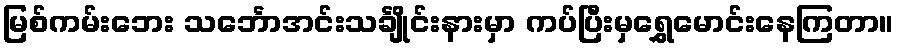
မြစ်ကမ်းဘေး သင်္ဘောအင်းသင်္ချိုင်းနားမှာ ကပ်ပြီးမှရွှေမောင်းနေကြတာ။